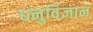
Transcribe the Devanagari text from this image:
धनुर्विज्ञान